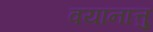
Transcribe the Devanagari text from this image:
वयानात्तु